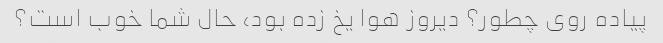
پیاده روی چطور؟ دیروز هوا یخ زده بود، حال شما خوب است؟